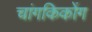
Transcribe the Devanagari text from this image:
चांगकिकोंग